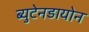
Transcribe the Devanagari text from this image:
ब्युटेनडायोन